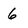
Character: 6